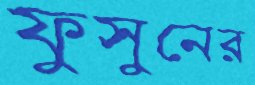
ফুসুনের